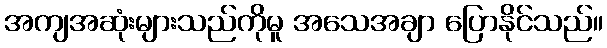
အကျအဆုံးများသည်ကိုမူ အသေအချာ ပြောနိုင်သည်။